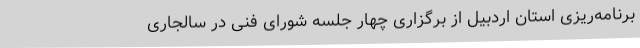
برنامه‌ریزی استان اردبیل از برگزاری چهار جلسه شورای فنی در سالجاری